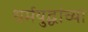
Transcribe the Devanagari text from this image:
धर्मयुद्धांच्या